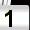
Digit: 1